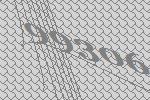
99306